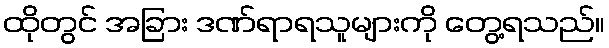
ထိုတွင် အခြား ဒဏ်ရာရသူများကို တွေ့ရသည်။